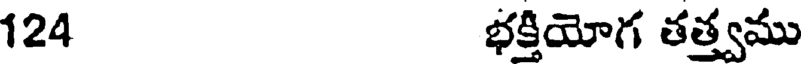
124 భక్తియోగ తత్త్వము